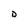
Character: D